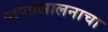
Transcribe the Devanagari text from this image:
पापप्रक्षालनाचा